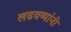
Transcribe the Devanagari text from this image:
लढवय्यांनी